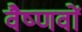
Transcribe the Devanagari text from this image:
वैष्‍णवों